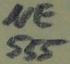
Text: NE555